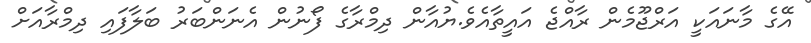
އޭގެ މާނައަކީ އަރްޖޫމެން ރާއްޖެ އައީތާއެވެ.ޔުއާން ދިމްރާގެ ފޯނުން އެނަންބަރު ބަލާފައި ދިމްރާއަށް